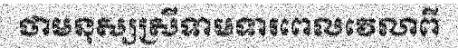
ថាមនុស្សស្រីទាមទារពេលវេលាពី